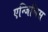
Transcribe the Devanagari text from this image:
एन्जिलिस